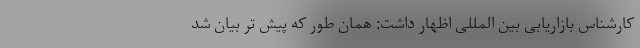
کارشناس بازاریابی بین المللی اظهار داشت: همان طور که پیش تر بیان شد